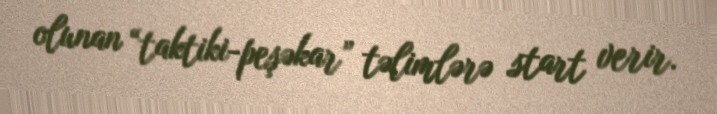
olunan “taktiki-peşəkar” təlimlərə start verir.